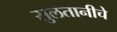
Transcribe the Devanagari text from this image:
सुलतानीचे